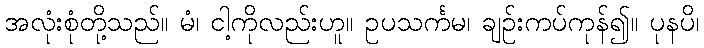
အလုံးစုံတို့သည်။ မံ၊ ငါ့ကိုလည်းဟူ။ ဥပသင်္ကမ၊ ချဉ်းကပ်ကုန်၍။ ပုနပိ၊